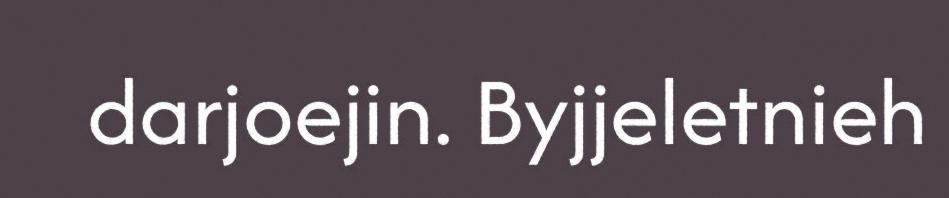
darjoejin. Byjjeletnieh